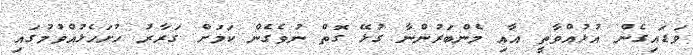
ވަޑައިގެން އުޅުއްވާތީ އާއި މެންބަރުންނާ ގުޅޭ ގޮތް ނުވެގެން ކަމަށް ގަރާރު ހުށަހެޅުއްވުމުގައި